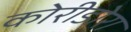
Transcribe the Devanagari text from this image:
कोरीडोरा